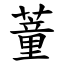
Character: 蕫